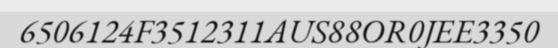
6506124F3512311AUS88OR0JEE3350